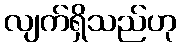
လျက်ရှိသည်ဟု